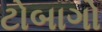
ટોબાગો